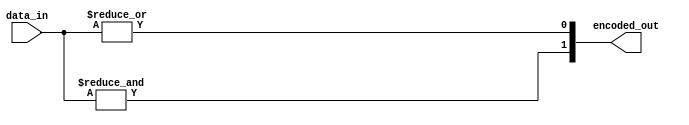
module encoder_3to1(
    input [2:0] data_in, // Input data
    output [1:0] encoded_out // Encoded output
    );
    
    assign encoded_out[0] = |data_in; // Bitwise OR operation on all input bits
    assign encoded_out[1] = &data_in; // Bitwise AND operation on all input bits
    
endmodule